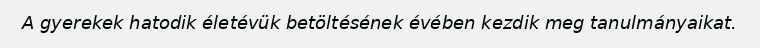
A gyerekek hatodik életévük betöltésének évében kezdik meg tanulmányaikat.